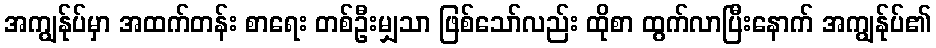
အကျွန်ုပ်မှာ အထက်တန်း စာရေး တစ်ဦးမျှသာ ဖြစ်သော်လည်း ထိုစာ ထွက်လာပြီးနောက် အကျွန်ုပ်၏